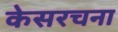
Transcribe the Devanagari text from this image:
केसरचना